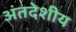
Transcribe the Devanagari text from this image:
अंतदेशीय